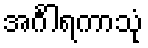
အင်္ဂါရကာသုံ